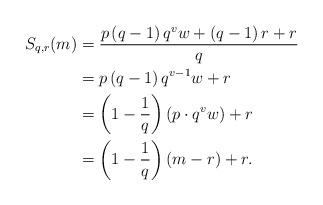
LaTeX: \begin{align*}S_{q,r}(m) & = \frac{p \left(q - 1 \right) q^v w + \left( q - 1\right)r + r}{q} \\& = p \left(q - 1 \right) q^{v-1} w + r \\& = \left(1 - \frac{1}{q} \right) \left( p\cdot q^v w \right)+ r \\ & = \left(1 - \frac{1}{q} \right) \left( m-r \right)+ r.\end{align*}